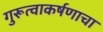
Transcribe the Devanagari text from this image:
गुरूत्वाकर्षणाचा